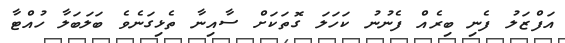
އަފްޒަލު ފެނި ބިރެއް ފެނުނު ކަހަލަ ގޮތަކަށް ސާއިނާ ތެޅިގަނެވެ ބަލަބަލާ ހުއްޓާ